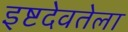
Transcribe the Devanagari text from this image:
इष्टदेवतेला